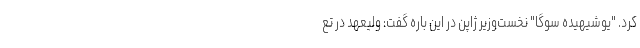
کرد. "یوشیهیده سوگا" نخست‌وزیر ژاپن در این باره گفت: ولیعهد در تع